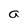
Character: a